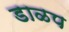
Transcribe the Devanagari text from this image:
डाळप